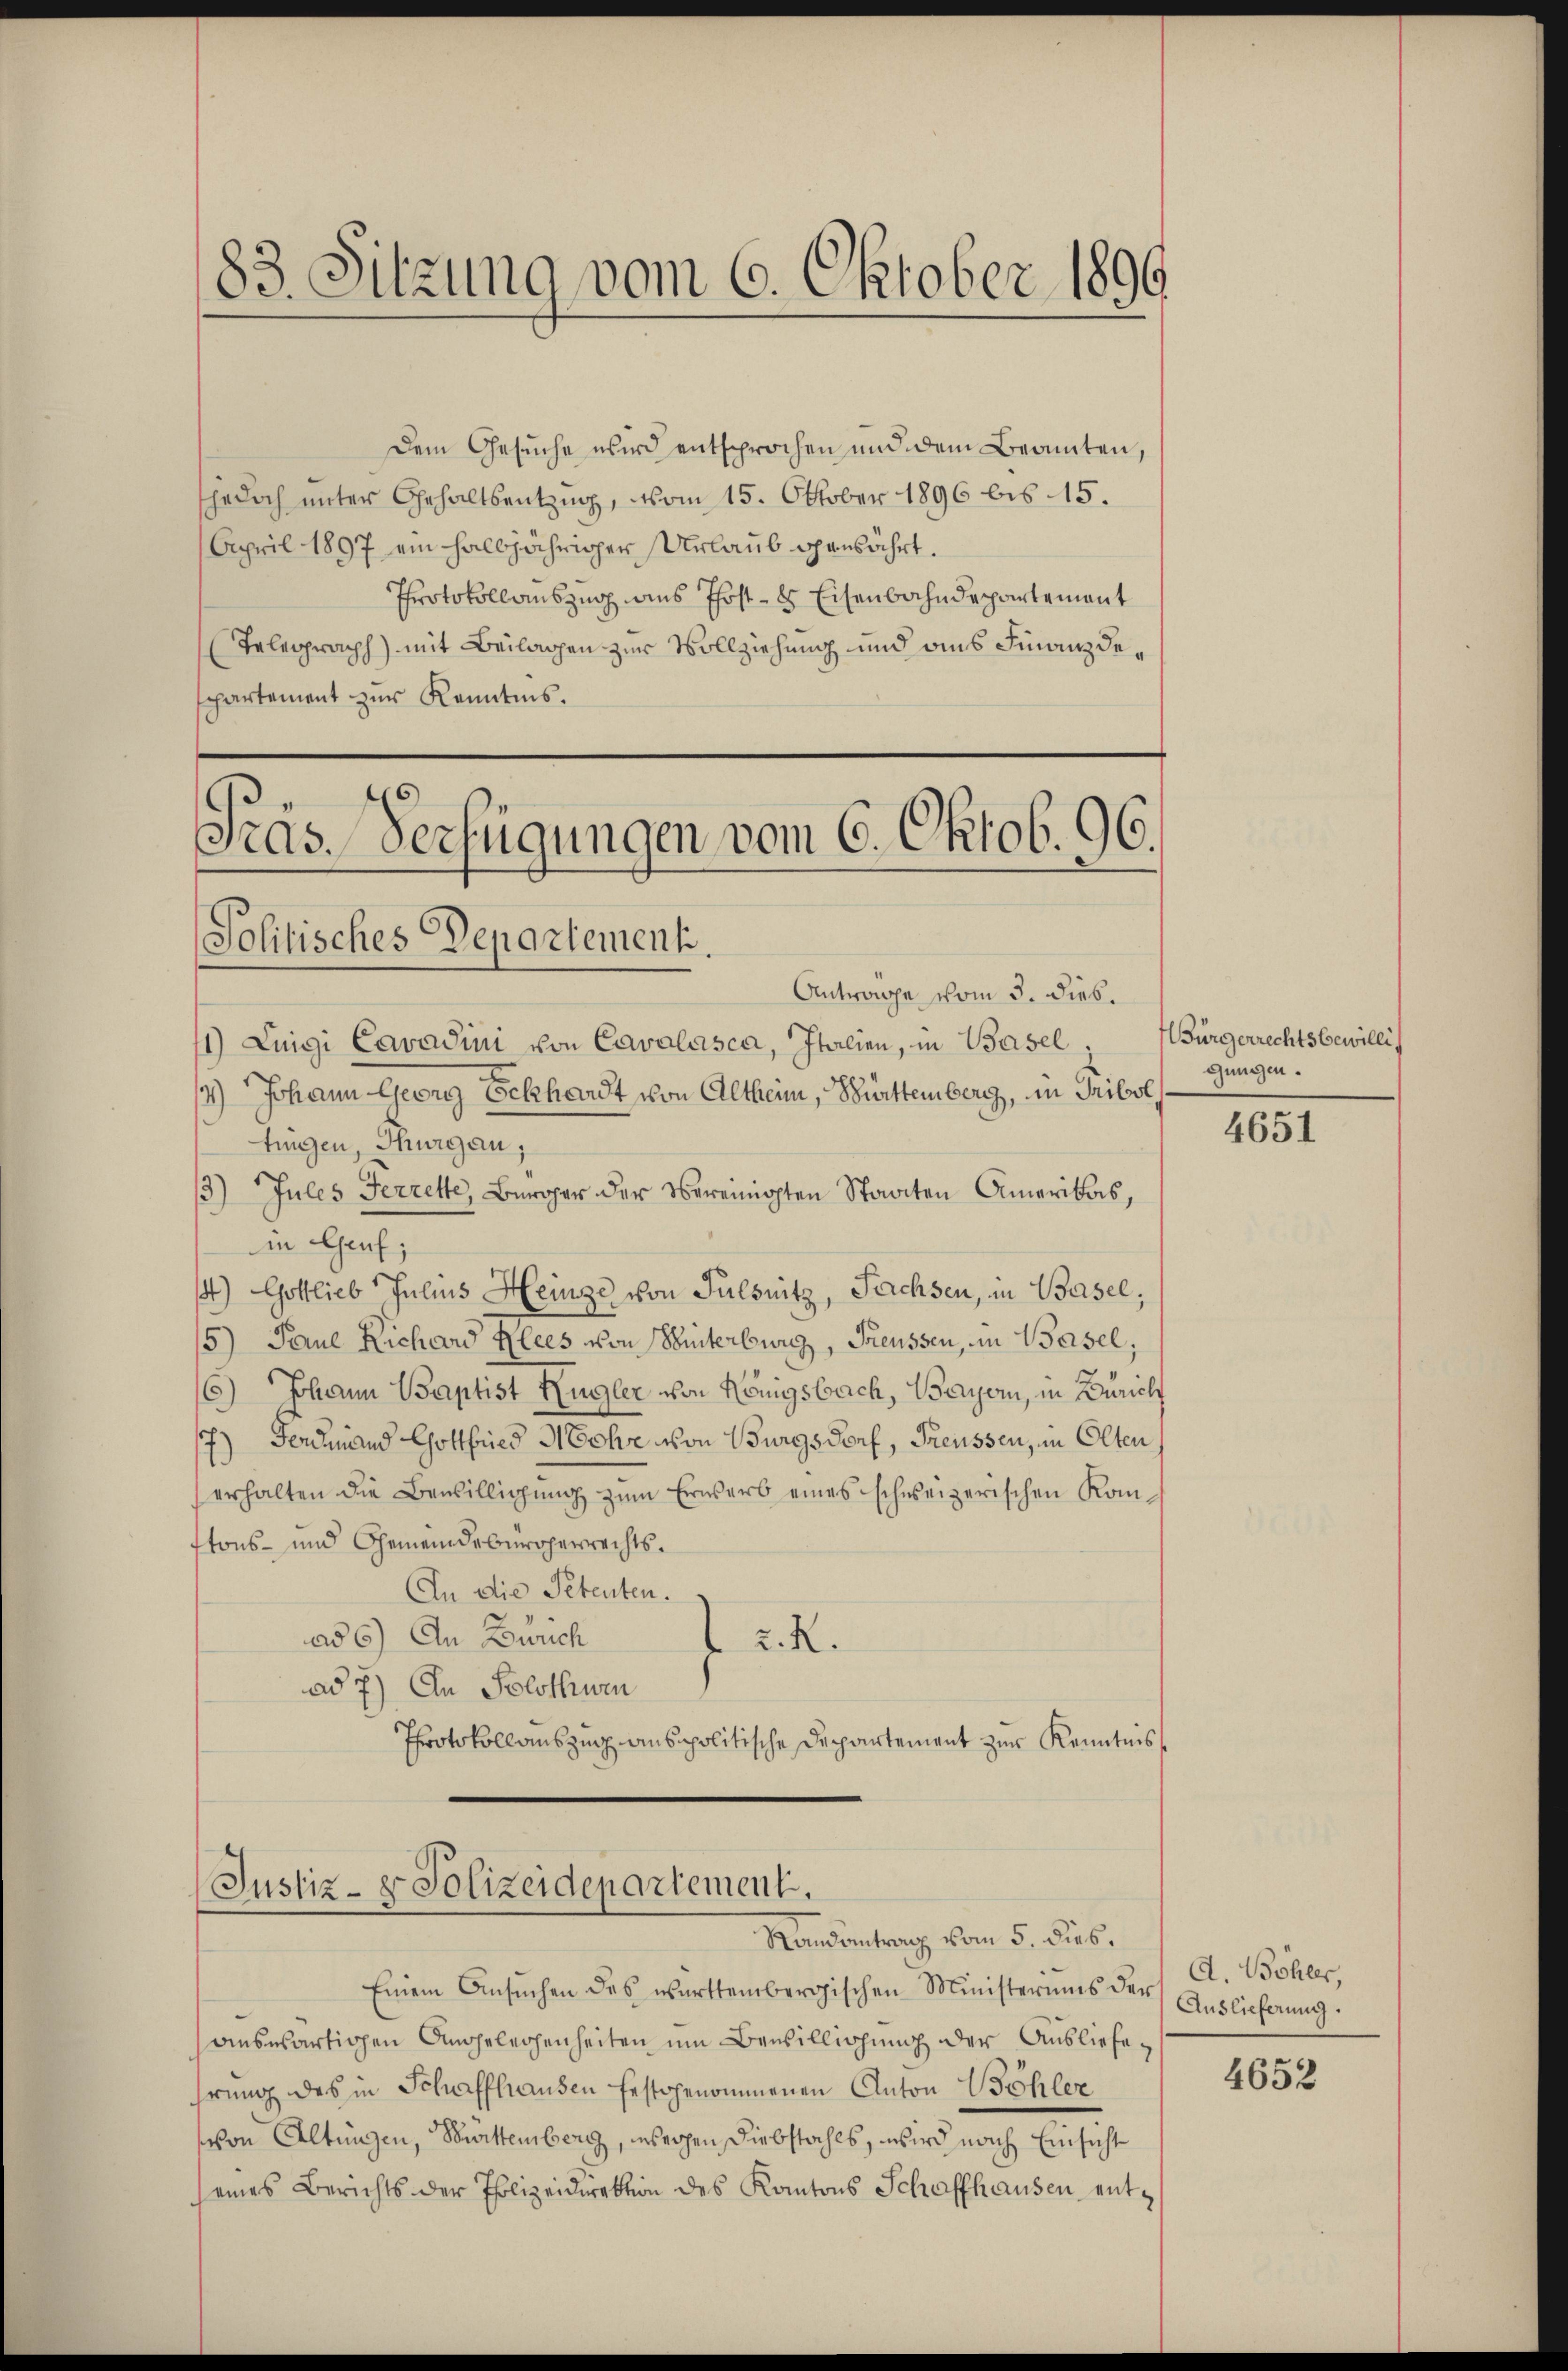
83. Sitzung vom 6. Oktober 1890

Dem Gesuche wird entsprochen und dem Beamten,
sjedoch unter Gehaltsentzug, vom 15. Oktober 1896 bis 15.
April 1897 ein halbjähriger Urlaub genährt.
Protokollauszug aus Post- & Eisenbahndepartement
Telegraph) mit Beilagen zur Vollziehung und aus Finanzdeppartement zur Kenntnis.

Pras-Verfügungen vom 6. Oktob. 96.
Politisches Departement.

Antrage vom 3. dieß.
1) Luigi Cavadini von Cavalásca, Italien, in Basel,
14.) Johann Georg Eckhardt von Altheim, Bürttemberg, in Tribol,
tingen, Thurgau,
3) Jules Ferrette, Bürger der obereinigten Staaten Amerikas,
in Genf;
) Gottlieb Julius Heinze von Fulsnitz, Sachsen, in Basel,
5) Paul Richard Klees von Hinterburg, Freussen, in Basel,
6) Johann Baptist Zugler von Königsbach, Bayern, in Zürich
7) Ferdinand Gottfried Mohr von Burgsdorf, Freussen, in Olten
erhalten die Bewilligŭng zŭm Erwerb eines schweizerischen Komftons- und Gemeindebürgerrechts.
An die Petenten.
ad 6) An Zürich
R. R.
ad 7) An Solothurn
Protokollauszug anspolitische Departement zur Kenntnis

Justiz- & Polizeidepartement.
Randantrag vom 5. dies

Einem Ansŭchen des württembergischen Ministeriums der Auslieferung.
auswärtigen Angelegenheiten um Bewilligung der Ausliefehrung des in Schaffhausen festgenommenen Anton Böhler
von Altungen, Barttemberg, wegen Diebstahls, wird nach Einsicht
seines Berichts der Polizeidirektion des Kantons Schaffhausen ent¬

Bürgerrechts bewilli
gungen.

4651

A. Böhler,

4652